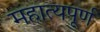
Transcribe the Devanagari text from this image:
महात्यपूर्ण